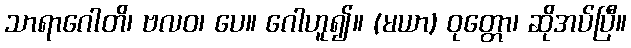
သာရာဂေါတိ၊ ဗလဝ၊ ပေ။ ဂေါဟူ၍။ (မယာ) ဝုတ္တော၊ ဆိုအပ်ပြီ။